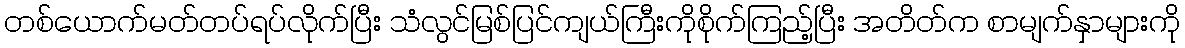
တစ်ယောက်မတ်တပ်ရပ်လိုက်ပြီး သံလွင်မြစ်ပြင်ကျယ်ကြီးကိုစိုက်ကြည့်ပြီး အတိတ်က စာမျက်နှာများကို